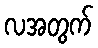
လအတွက်